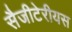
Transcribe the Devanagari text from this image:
सैजीटेरीयस